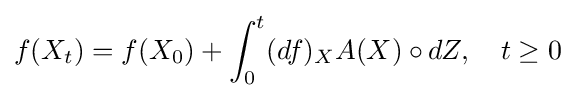
f(X_{t})=f(X_{0})+\int _{0}^{t}(df)_{X}A(X)\circ dZ,\quad t\geq 0